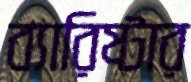
ব্যারিষ্টার